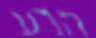
הרע